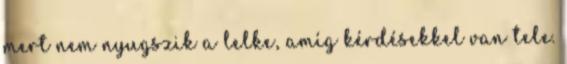
mert nem nyugszik a lelke, amíg kérdésekkel van tele.